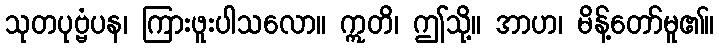
သုတပုဗ္ဗံပန၊ ကြားဖူးပါသလော။ ဣတိ၊ ဤသို့။ အာဟ၊ မိန့်တော်မူ၏။